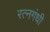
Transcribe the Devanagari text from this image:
रत्नगंधी